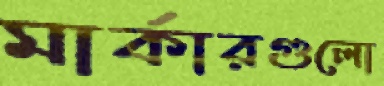
মার্কারগুলো